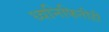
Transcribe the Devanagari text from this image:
ध्वनिफितीही